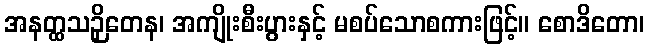
အနတ္ထသဉှိတေန၊ အကျိုးစီးပွားနှင့် မစပ်သောစကားဖြင့်။ စောဒိတော၊